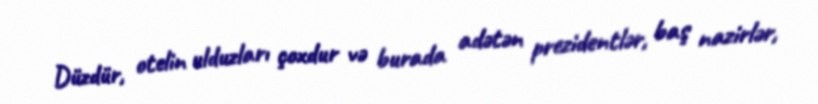
Düzdür, otelin ulduzları çoxdur və burada adətən prezidentlər, baş nazirlər,